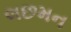
લછમન